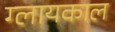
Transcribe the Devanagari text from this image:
ग्लायकाल